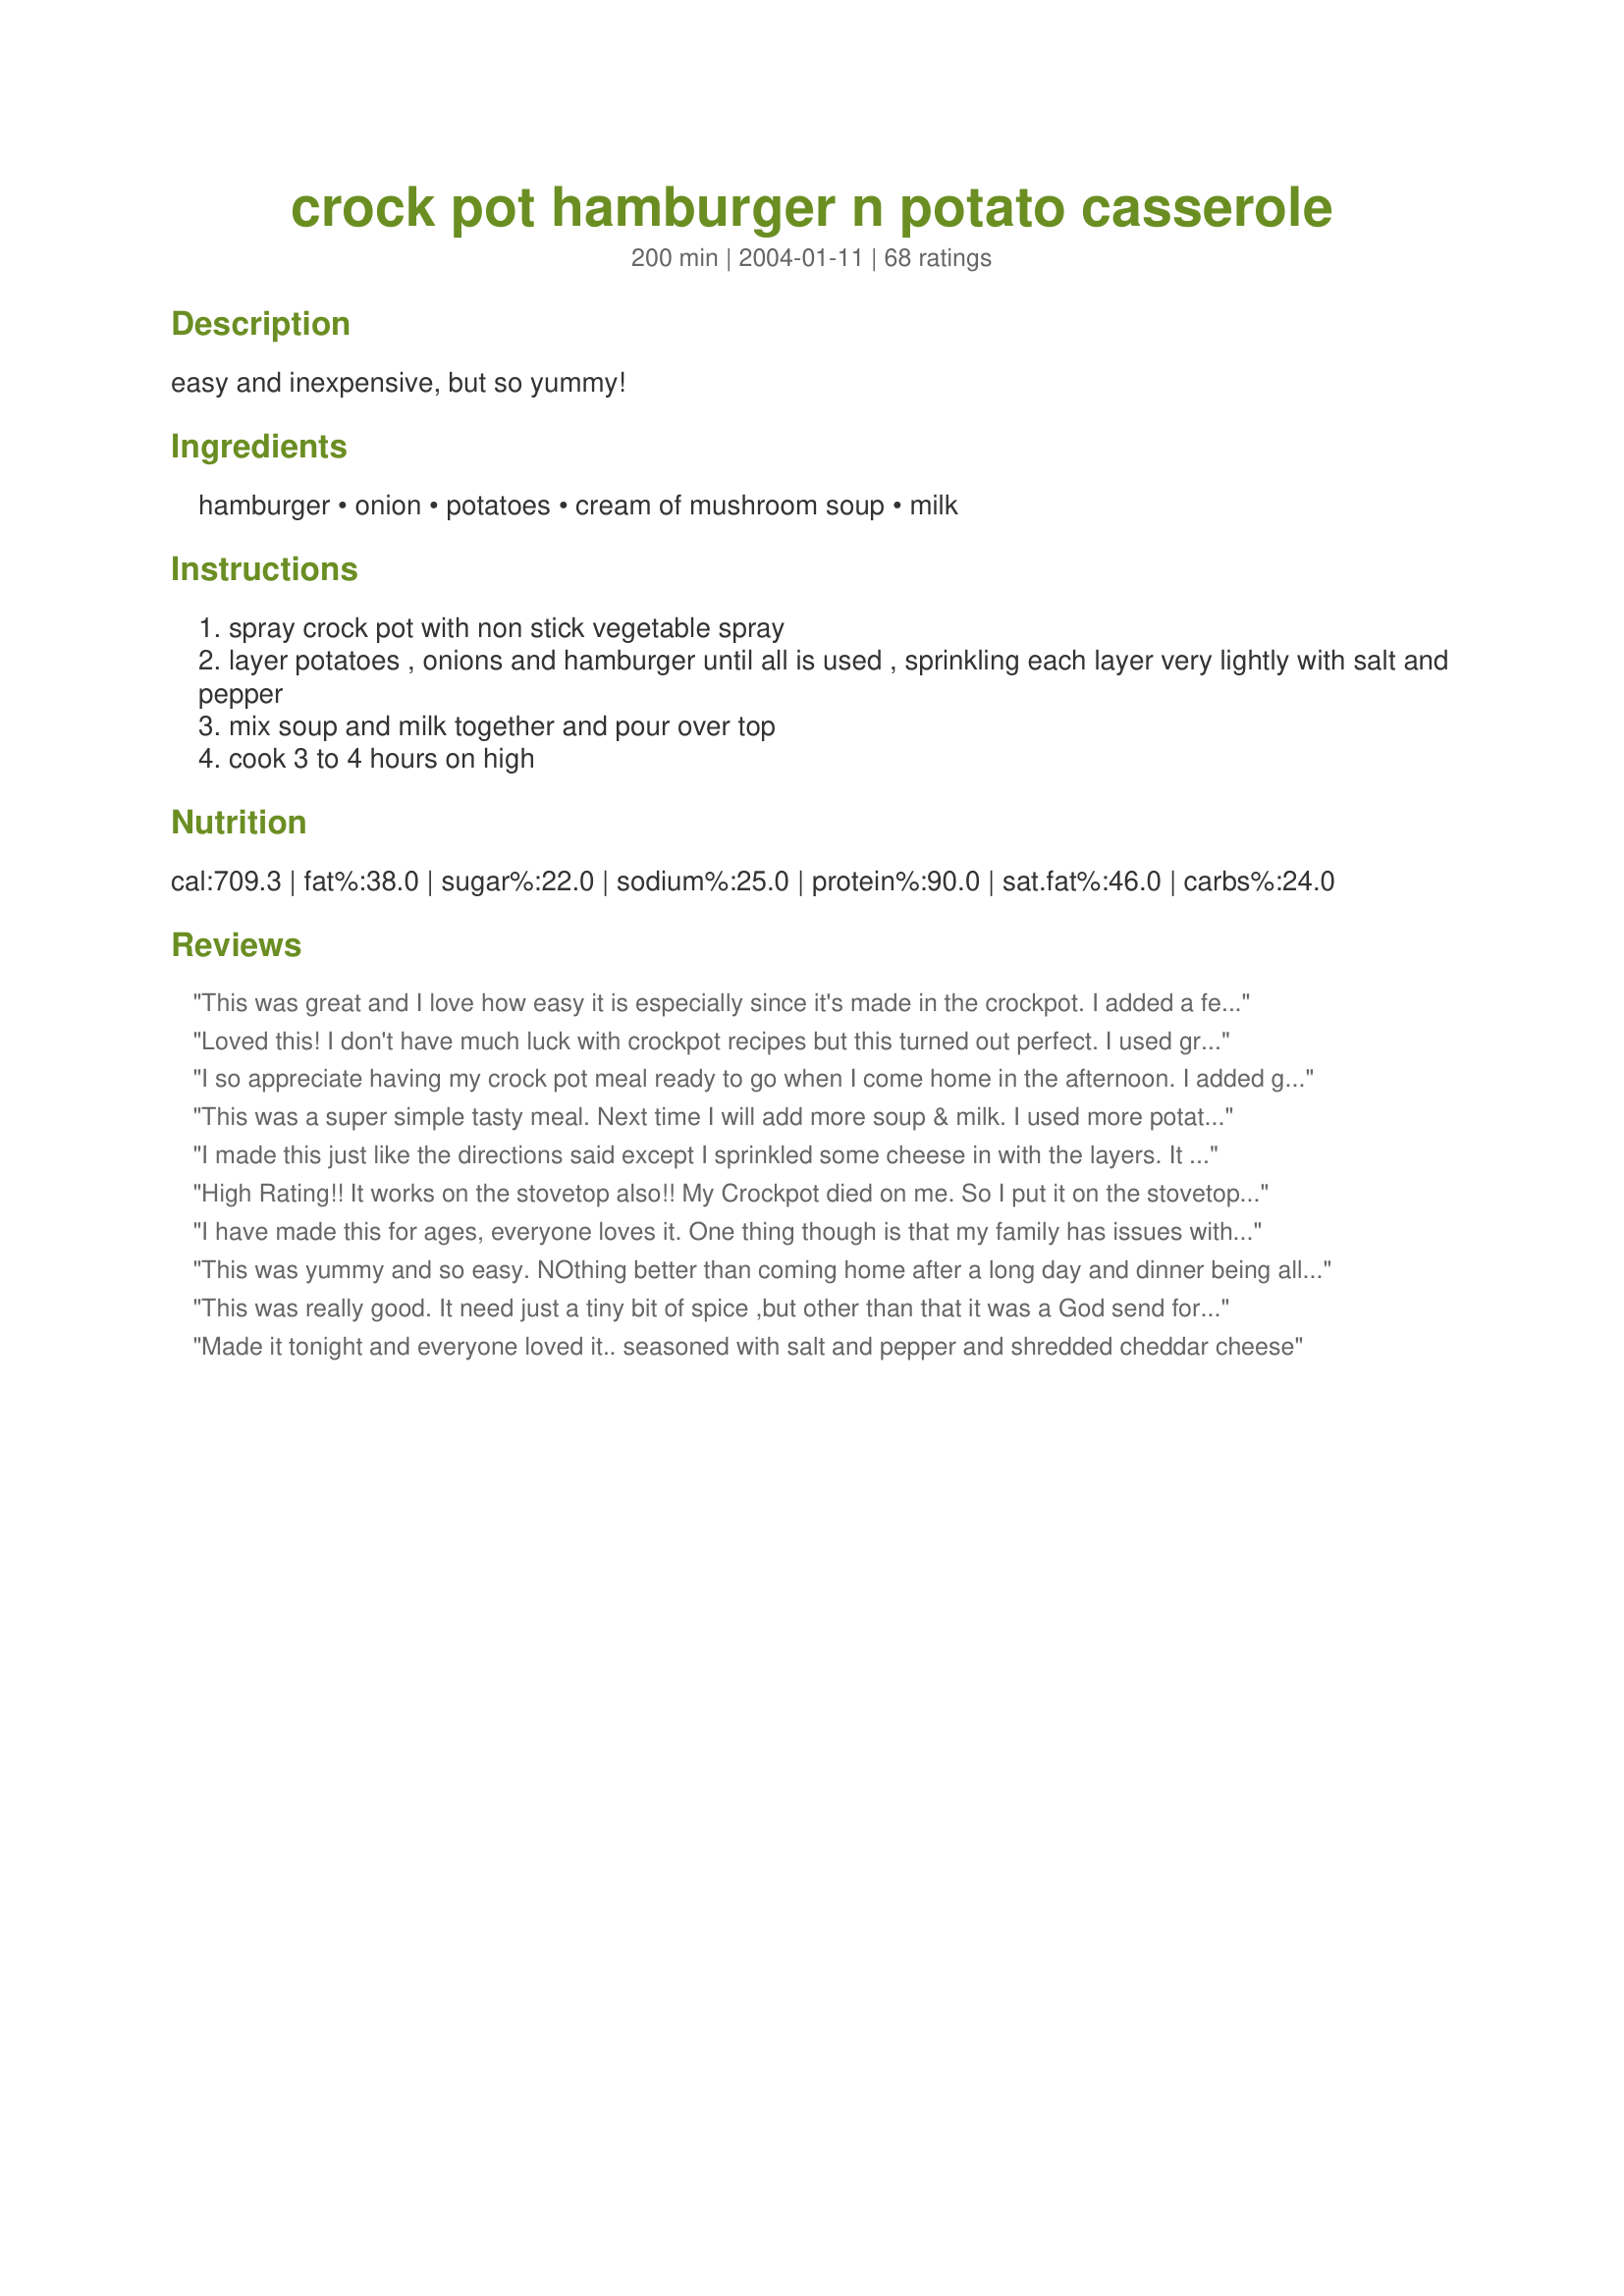
crock pot hamburger n potato casserole
Preparation time: 200 minutes

easy and inexpensive, but so yummy!

Ingredients:
hamburger, onion, potatoes, cream of mushroom soup, milk

Steps:
spray crock pot with non stick vegetable spray
layer potatoes , onions and hamburger until all is used , sprinkling each layer very lightly with salt and pepper
mix soup and milk together and pour over top
cook 3 to 4 hours on high

Reviews:
This was great and I love how easy it is especially since it's made in the crockpot.
I added a few more seasonings and will be making this again for sure!
Thanks 
Kep
Loved this! I don't have much luck with crockpot recipes but this turned out perfect. I used ground turkey. Sprinkled a bit of cheese on top at the end. The kids loved it!! Thanks Marie.
I so appreciate having my crock pot meal ready to go when I come home in the afternoon. I added garlic, onions, paprika, smoked salt, cayenne, black pepper, cooking sherry and coriander while browning the meat. Then followed the rest of the directions. I added peas and corn toward the end. It was delicious! My teenage children and my husband loved it. Folks: just add whatever spices you enjoy and you’ll love it. Thank-you Genius kitchen for helping me out of my dinner menu rut!
This was a super simple tasty meal. Next time I will add more soup & milk. I used more potatoes than called for so I didn't have enough sauce. Served with buttered corn.
I made this just like the directions said except I sprinkled some cheese in with the layers. It was really good. My husband liked it a lot so it will definitely be made again in this household. Thanks
High Rating!! It works on the stovetop also!! My Crockpot died on me. So I put it on the stovetop..I put it on low for about a hour then turned it down to warm for about 30 mins. I added abit of garlic powder. But I did stick to the recipe its self. I loved it. Thank You..Hugs
I have made this for ages, everyone loves it. One thing though is that my family has issues with milk products so I just use water with the soup. My mother used to make it as well, but we didn&#039;t use a crockpot just an oversized fry pan with a lid on the stove. I have also made it in an electric fry pan. We call it Lazy Shepherds Pie. It is very easy and inexpensive and tastes great. I was going to make this but since I will have to dirty a pan anyway might as well make it my way. I always thought cooking with a crockpot meant fewer dishes to wash but it seems a lot of recipes call for pre-cooking before adding to the crockpot. It&#039;s so nice to see others posting old family recipes, like minds have wonderful recipes.
This was yummy and so easy. NOthing better than coming home after a long day and dinner being all ready! I cooked this on low for 8 hours, instead of on high for 4. I think next time I will add garlic or something to spice it up a bit. Thanks for sharing!
This was really good. It need just a tiny bit of spice ,but other than that it was a God send for me. I say that because, two days ago I tore my calf muscle ,and have been on bed rest. My husband, who has never cooked a day in is life, was able to make this for us with no problems. Thank you so much Marie for an easy and tasty recipe.
Made it tonight and everyone loved it.. seasoned with salt and pepper and shredded cheddar cheese
This was fast and easy to put together. I think it could use a little more seasoning and I did add a touch of garlic, but maybe some worchestershire as another reviewer noted. I served with green peas. Thanks!
This was very easy and inexpensive to make and was very yummy, comfort type food! I used lean GB, low fat/low sodium soup, and 2% milk to shave some calories and fat off the recipe. I love coming home to a cooked meal in the crockpot!!!
T'was a great meal. I am a hunter so I used one pound of ground wild boar sausage and one pound of ground venison. Added one can of whole button mushrooms, one clove of garic, some montreal steak seosoning and some sliced carrots. Everyone loved it. All four people gave it five stars.
I made this recipe and at the very best I can say that it&#039;s a low end meal. I had to do so many tweaks that it became a different dinner. The posters that said they made it and like either have no tastes or there lying.If I could give it a minus score I would and food.com should be embarrassed for posting crap like this.
needed more flavor
Great taste real easy to put together.I added a tablespoon of worcestershire sauce and a cup of fresh sliced mushrooms.This is a keeper.
This dish was super easy to prepare. I added carrots and corn and some spices (more salt, cracked pepper, garlic powder, and oregano) and a little bit of worcestershire sauce. I wasn't too crazy about the sort of sweet, creamy taste from the soup/milk, so I think I would use beef boullion or something next time. Overall, I liked how simple and cheap this dish was, and I'll probably make it again with a few tweaks.
I used this recipe for the basis of our dinner tonight. I browned the hamburger, added the onion and garlic, then the soup and milk. I let this simmer down just a bit then added half a bag of hashbrowns and then topped this with montery jack cheese. Seasoned to taste with salt and pepper .... thanks for a meal my 3 yr old called "Delicious"
We really liked this. It is yummy and more like a comfort food. I too added a few things. I added garlic and some worchestershire to it. I also added a little bit of cheese to it as I plated it up. This was simple, easy and good. I will be making this again. Thanks Marie!
I followed another reviewer's advice and cooked this on the stove for 1.5 hours. I followed the recipe exactly otherwise. I also added some seasonings to the beef. I found it to be pretty bland though, so next time I will cook it in the crockpot and post another review. Definitely inexpensive and easy though!
Just a little problem. The picture clearly shows a casserole with carrots and corn, but there's none in this recipe!
This was really good. A great easy meal for a busy day. I will definately use again! It did make the house smell great and cooked in about 31/2 hrs on high. Thanks for a great recipe!
My family loves this, what a great comfort food for the winter. I love it mostly because I can put it in the crockpot early in the morning before church and it's ready when we get home. I do add some garlic to the meat while cooking. Thanks for the recipe.
This was good, so easy!!
This recipe is very easy, but I found it lacking in flavor. I seasoned the meat as it browned, but the entire thing just came out kind of bland in the crock pot. My 7 year old ate it, but didn't want it again.
Delish! We do not care for cream f mushroom so I used cream of potato and spiced it up some. I think next time I will try cream of celery. Thanks for the easy and great recipe.
It is a fine base recipe for how to cook this in a crockpot. For flavor, could add 1/2 cup sour cream and just 1/4 cup or so milk, and add nutmeg, maybe some allspice, parsley to have it be like swedish meatball gravy. Great for people who like blander meals, it is what it is, and it did the job for us. I would slice the potatoes thinner or use hash browns if want to hurry this recipe along....
This was so easy to make. I needed something simple and fast to take to a last hoorah party we were having at our campground. I was a little nervous about using them as my guinea pigs for this, but it turned out great. I doubled the recipe and added about 2 tsp. of worchestershire sauce. Thanks for sharing such a winner Marie.
This was a great recipe and so easy. It tasted like a hamburger stew. We will definitely be making this one again.
We really liked this!! I would have given 5 stars, but I found that as written there wasn't enough liquid. I added about 20oz of water (we were out of milk),some garlic and some carrots but otherwise made it as written. It cam out delicious- the flavor reminded me of a good pot roast, but it's much more affordable! We'll definitely be making this again, Thanks!!
look folks, this is a basic slow cooker recipe. Its hamburger and potatoes,to expect braised lamb chops to come out is being a little unrealistic. With some of the comments that your leaving the Internet over this is crazy. Its basic, just add the stuff you like in your slow cooker recipe. If you want lamb chops search for that.
This was good. I took other's advice and spiced it up a bit. DKs didn't care for it but, hubby & I liked it.
I am sorry to say that we did not care for this recipe. I read the reviews and added extra spices (garlic, worcestershire, Montreal Steak Spice) but it still turned out very bland. If I were to try this again, I would try it with cream of celery soup and spice it up even more. The recipe was very simple though. Thx for posting.
It wasn't bad. It was fulling and I love that it can be cooked in the crockpot.
Great recipe. Made it overnight so for 8 hours and it turned out delicious. Will definitely make it again. Browned the meat with onion, green and red pepper and garlic just for added flavour and added some worcestershire sauce as well. Definite keeper.
Great, EASY dinner! I made it with 1 lbs 96% fat free ground beef, low fat soup, skim milk, and put some worchestershire sauce in with the milk and soup before dumping it on top. Also browned 1/2 of the onions with the beef to bring out a little extra flavor. On high, it was beginning to burn in my CP, but it runs hotter than most, I think. No leftovers and sadly, I only got a bite, but it will be repeated. Thanks!
This is a great recipe and one my husband and 20 mo love (since the onions are so large we just picked the big chunks out for the LO). The flavor was exactly what we expected for potatoes, beef and onions. We will be making this one again and often, especially on cold winter days.
I was looking for something easy for supper tonight that I'd like ok. Turns out I didn't like it ok, I loved it.

I made a few changes. I only used 1 lb of hamburger and during the browning of the hamburger I added about 1 tsp of Montreal Steak Seasoning, 1/2 tsp of red pepper flakes, and 1/2 tsp of garlic powder. Then when I was putting everything in the crockpot, I added about 3/4 of a can of milk instead of 1/2 and about 1 tsp of Worcestershire sauce. I also sprinkled about 1/2 c. of shredded cheddar cheese total throughout the layering. I used the potatoes, soup, and onion as specified in the recipe. The result was a meal that both my husband and I really enjoyed. The only bad thing is that I foresee a need to sneak into the kitchen for an early lunch tomorrow so my husband doesn't get to the leftovers before me. Thanks for the recipe!
This was so good and easy. Total comfort food. I also put some Worchestire sauce and a little McCormick's spicy steak seasoning, just to add a little flavor. Yum!
very easy and yummy, smells great when you walk into the door. I didn't have any onions so I used 3 large shallots and some sliced mushrooms in place of the onions. I also left the skin on the potatoes for nutrtion and to help the slices keep teir shape.
Others in the family liked it quite a bit though I wasn't a huge fan. I can see potential a few more spices would be good as this was a mild dish. More spices would have been good. I used worchestershire sauce, garlic powder, sliced carrots,steak seasoning, mrs dash, and added a can of corn after it was cooked just to warm it up. I also cooked this on the stove and it worked well that way.
This was good. Boyfriend loved it! Only changes I made were that I added green beans and carrots and added a little seasoning salt and cheese. Also added the worcestershire like most other reviewers.
I made this tonight and added a can of mixed veggies at the end of the cooking. It made a nice balanced meal to come home to after a long day at work!
Have made many times as written and it&#039;s really good - not bland at all. Have also added a packet of Lipton Onion Soup Mix and it&#039;s really good as well. Thanks!
Who would a thought a few simple things thrown into a crock pot would turn out soooo gooood. I did add a dash of worcestershire based on other reviews and a pkg of dry gravy mix cuz I had it on hand. I was looking forward to having some for breakfast the next day, but when I woke up I found the empty tupperware container by the kitchen sink!
This was yummy. I was getting low on groceries and needed something to whip up for dinner and came across this recipe that had ingredients I always have on hand. I threw it in the crockpot and when I got home the house smelled wonderful as soon as I opened the door. My family loved it. Inexpensive meal for the family, but doesn't taste like it. Will definately make this again. Thanks!!!
This was very good. Very easy to make and throw into the crock pot. The only change I would make, is next time I would add 1 can of Fiesta Soup or another creamy soup. Mine didn't seem to have enough sauce for my liking. But, the taste was wonderful!
This is a weekly meal in our house now!! I have shared it with many people and they love it too!!! Quick and easy to do. It puts hamburger helper in a box to shame. I add worcestershire and I chop the onions and put them in with the hamburger meat when I cook it!!!! Total comfort food!! Thanks Marie
This was very good. I need to add an additional can of soup and milk as I had more potatoes! I added worcestershire per other reviews, a couple splashes of pickapeppa sauce and some garlic to the hamburger while cooking and a few shakes of Tony's seasoning for flavor. In the end the kids convinced me to add some frozen mixed veggies which turned it into a crockpot version of shepards pie!!! I have to admit it was really good! Loved the potatoes and onions in this. Will make again for sure! Thanks for the great recipe!!
Made the recipe pretty much as is. I will add some more seasoning next time. It made the house smell amazing. Added some corn in the last 30 minutes. Garnished with shredded cheese and hot sauce.
anyone try this with turkey burger?
I love this recipe! It would be fine plain, I think, but I did make some additions. I added garlic powder to the seasonings between layers, and added a tsp. of worchestershire sauce to the soup-milk mixture before pouring it over. It made the whole apartment smell wonderful. I cooked for 3 1/2 hours on high, and then stirred in some shredded raw cabbage and carrots to make it a one-pot meal and let it sit on "keep warm" for an hour or so while I waited on my husband to get home. We really enjoyed it; this goes on my list of great crockpot recipes for sure!
This is great. We loved it.I too added garlic powder, black pepper, and tony's.
I'm not a chef or a gourmet cook by any means; but this was so tasty,ultimate comfort food.I added what sounded good to me.My son and husband loved it. Thanks,for sharing!
We found this to be a little bland and somewhat dry for our taste, but it was simple to put together. Perhaps adding other things as noted by other viewers would help. Maybe I'll try that if I decide to give this a try latter on.
This was a nice, easy, comfort food kind of meal. I added a can of drained green beans, a can of drained mushrooms, garlic powder, and Mrs. Dash seasoning. I cooked it on low for about eight hours and had a good & filling dinner to come home to after a busy day. Thanks!
I made this for our supper last night and we enjoyed it very much. I was a little leary after reading some reviews about not having enough seasoning, but decieded to not add extra seasoning until we have tried it. I made sure I liberally seasoned each layer (I think I had 5 potato layers all together) with salt and pepper. In the end, I'm glad we didn't add anything extra ( and we like well seasoned food), it was perfect. Thank yo for sharing this easy penny pinching meal.
Was easy to make and good. I added a can of corn towards the end. Could use seasoning - I will try that next time.
This was great comfort food!! We diced the onions and cooked in the beef along with some carrots. We also added minced garlic, some worchestishire sauce and Tony's Seasoning to the browning beef as well... My husband said that the texture and flavor were fantastic. We will be making this again!!
Horrible! What a waste of time and effort. No matter what I added to this &quot;dish&quot; it just got worse. Someone must&#039;ve been stoned to have enjoyed this. This is one of the most tasteless dishes I have ever had. Ewwwwwwwwwwwwwwwww! Gross! I had to dump all of this in the trash. I will think twice before I ever use this website for recipes.
I'm glad I followed the advice of other reviewers and added some seasoned salt and garlic powder, I think this would've turned out kind of bland otherwise.

I think it's actually better the next day. A definite keeper for those busy days.
This was so simple. I did add cheese and garlic powder as well as some lawrys seasoning salt. Very good thanks for a great recipe
Have made this a few times already. THis makes a great meal. I don't care for garlic so that is not an option for me. I think it is fine the way it is, but I also add sliced mushrooms. Definately a keeper. THanks for sharing!
It is what is it, as another reviewer stated. To me, it tasted a lot more like hash than anything else, which normally I enjoy, This, not so much. I even added extra seasoning but this was still less than stellar. Just not for me, I guess.
This is very quick and easy to make. It doesn't take too long to cook in the crock pot which is another big PLUS. I add garlic, seasoned salt, and onion powder. Tatstes pretty good, but it usually doesnt look too appealing.
This was great, I think I even saw my BFs lower lip jutted out when he realized there wasn't any left. So I have to double next time and add some seasoning as it was a little bland. But will add to my go to recipes for years to come.....Thanks.
This was great! So easy and different. I feel like all my ground beef dishes taste the same, but this was a nice break. I also added cheese to the layers, and some Greek seasoning instead of salt and pepper. My roommate said something crunchy would have been good in with it, but I can't think of something that would stay crunchy in the crock pot.
This meal was great. I read many reviews where people noted the dish was bland. Well, I added my own spices and ingredients as I would with any meal I cook ( garlic powder, onion powder, Tony C., salt and pepper), but nothing major and it was DELICIOUS!!! It was full of flavor and my husband really enjoyed. It came out like a cross between a soup and casserole (may stiffen some once it's not piping hot), but really good. I added corn to the dish and topped with cheddar cheese.
